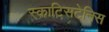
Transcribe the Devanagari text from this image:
स्काटिसटेनिस